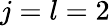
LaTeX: j=l=2